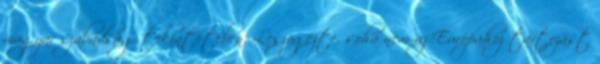
magyar szabadság tekintetében. Leszögezte, soha nem az Európához tartozást